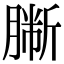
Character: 𦠀